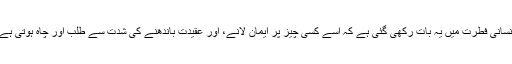
انسانی فطرت میں یہ بات رکھی گئی ہے کہ اسے کسی چیز پر ایمان لانے، اور عقیدت باندھنے کی شدت سے طلب اور چاہ ہوتی ہے۔